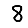
Digit: 8